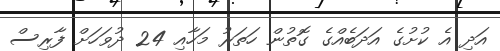
އަދި އެ ކުށުގެ އަދަބެއްގެ ގޮތުން ހަތަރު މަހާއި 24 ދުވަހަށް ފާރިސް